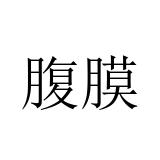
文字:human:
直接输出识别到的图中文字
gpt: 腹膜